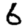
Digit: 6